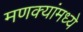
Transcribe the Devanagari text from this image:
मणक्यांमध्ये